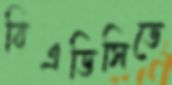
বিএডিসিতে